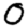
Digit: 0